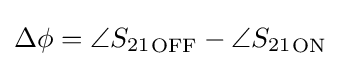
\Delta \phi =\angle {S_{21}}_{\textrm {OFF}}-\angle {S_{21}}_{\textrm {ON}}